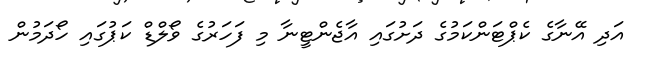
އަދި އޭނާގެ ކެޕްޓަންކަމުގެ ދަށުގައި އާޖެންޓީނާ މި ފަހަރުގެ ވޯލްޑް ކަޕުގައި ހޯދަމުން